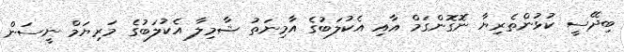
ބިދޭސީ ކުޅުންތެރިޔާ ނޮގޮންގަމް އާއި އެކުލަބުގެ އާމިނަތު ޝާމިލާ އެކުލަބުގެ މަރިޔަމް ނީސަން